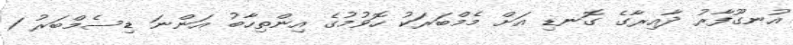
އުނގޫފާރު ދާއިރާގެ ގޮނޑި އަށް މެމްބަރަކު ހޮވުމުގެ އިންތިހާބު އަންނަ ޑިސެމްބަރު 1